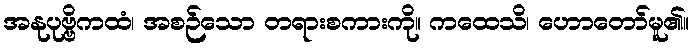
အနုပုဗ္ဗိကထံ၊ အစဉ်သော တရားစကားကို။ ကထေသိ၊ ဟောတော်မူ၏။